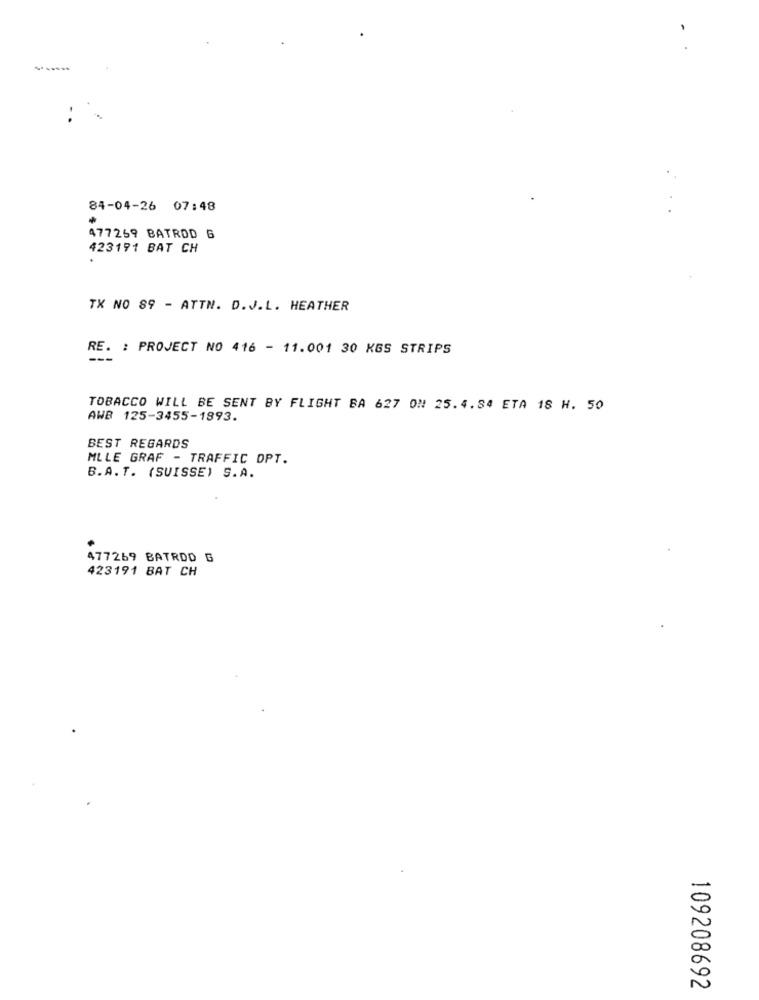
84-04-26 07:48
477269 BATROD 6
423191 BAT CH
.
TX NO 89 - ATTN. D.J.L. HEATHER
RE. : PROJECT NO 416 - 11.001 30 KGS STRIPS
TOBACCO WILL BE SENT BY FLIGHT BA 627 ON 25.4.84 ETA 18 H. 50
AWB 125-3455-1993.
BEST REGARDS
MLLE GRAF - TRAFFIC DPT.
B.A. T. (SUISSE) S.A.
477269 BATRDD G
423191 BAT CH
109208692